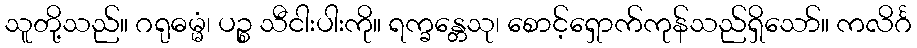
သူတို့သည်။ ဂရုဓမ္မံ၊ ပဉ္စ သီငါးပါးကို။ ရက္ခန္တေသု၊ စောင့်ရှောက်ကုန်သည်ရှိသော်။ ကလိင်္ဂ